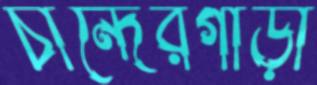
চান্দেরগাড়ী